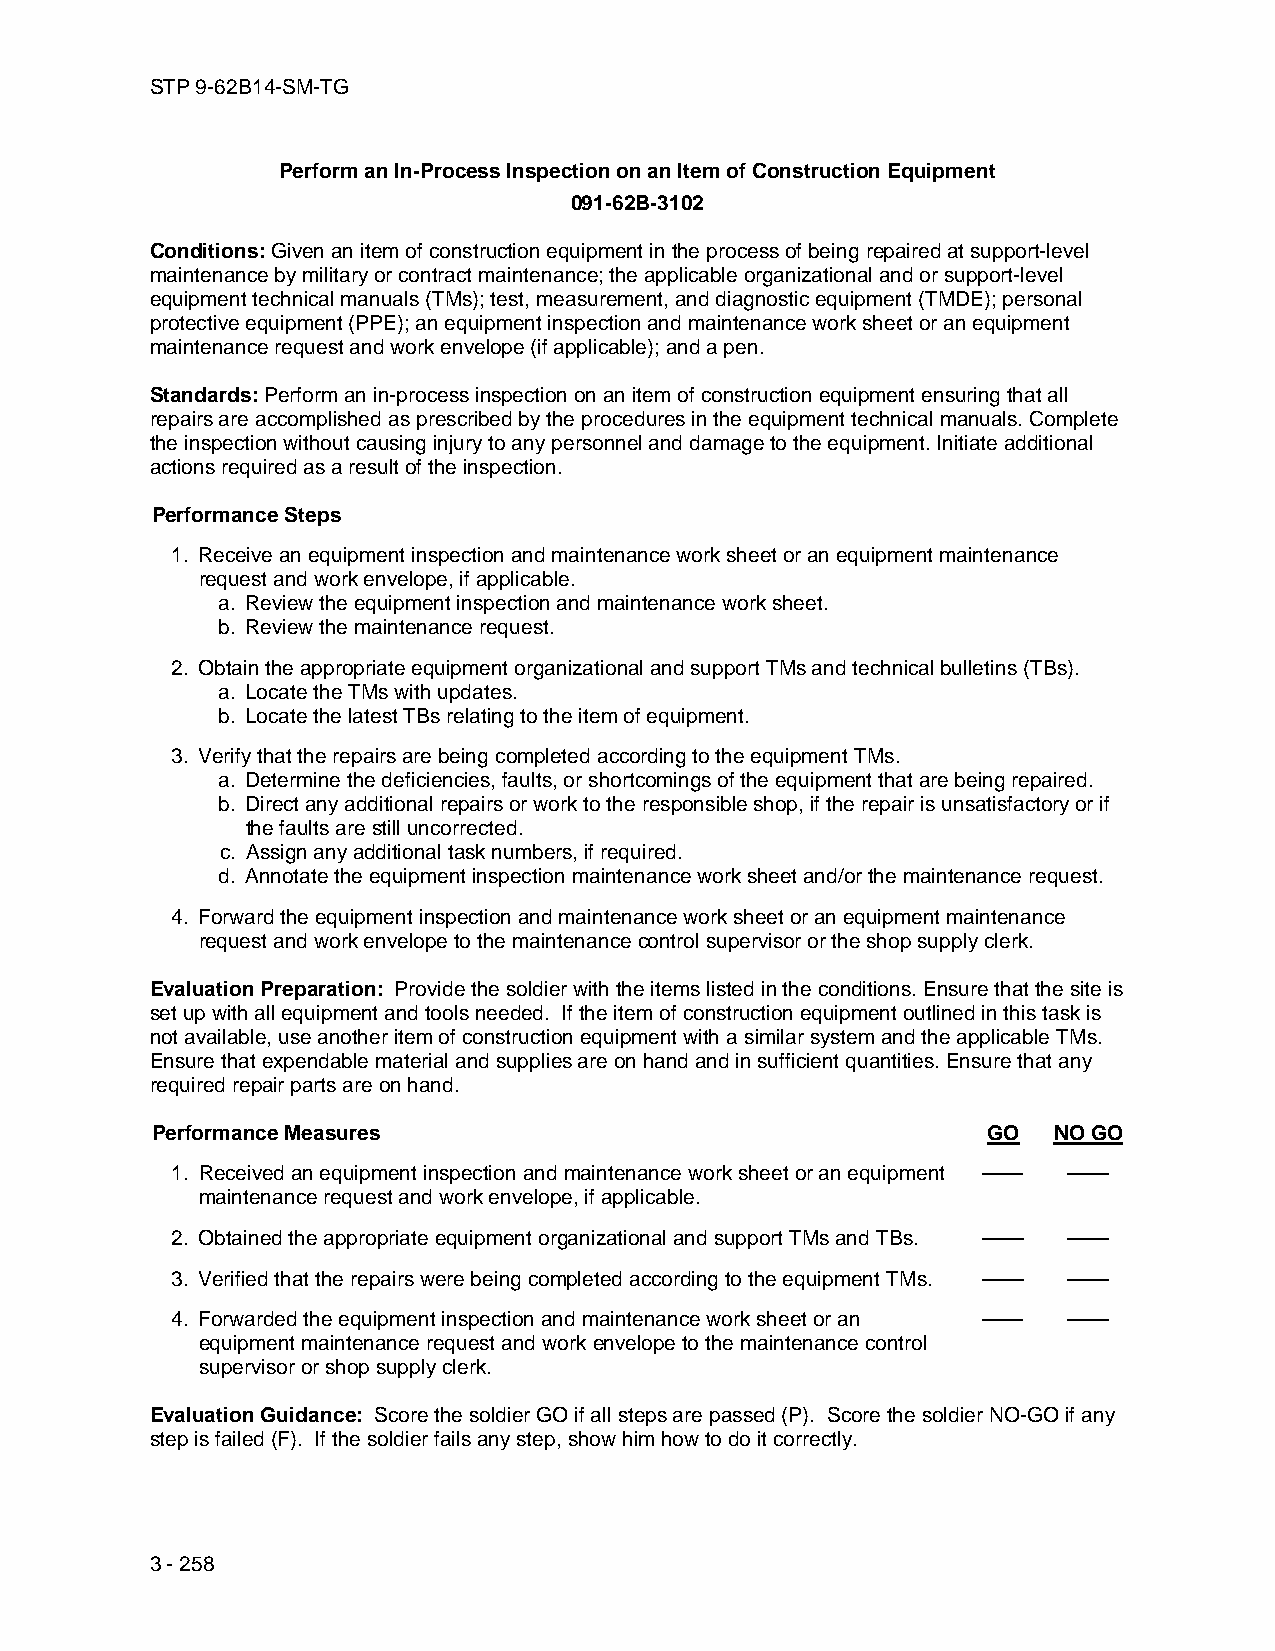
STP 9-62B14-SM-TG
 Perform an In-Process Inspection on an Item of Construction Equipment
 091-62B-3102
 Conditions: Given an item of construction equipment in the process of being repaired at support-level
 maintenance by military or contract maintenance; the applicable organizational and or support-level
 equipment technical manuals (TMs); test, measurement, and diagnostic equipment (TMDE); personal
 protective equipment (PPE); an equipment inspection and maintenance work sheet or an equipment
 maintenance request and work envelope (if applicable); and a pen.
 Standards: Perform an in-process inspection on an item of construction equipment ensuring that all
 repairs are accomplished as prescribed by the procedures in the equipment technical manuals. Complete
 the inspection without causing injury to any personnel and damage to the equipment. Initiate additional
 actions required as a result of the inspection.
 Performance Steps
 1. Receive an equipment inspection and maintenance work sheet or an equipment maintenance
 request and work envelope, if applicable.
 a. Review the equipment inspection and maintenance work sheet.
 b. Review the maintenance request.
 2. Obtain the appropriate equipment organizational and support TMs and technical bulletins (TBs).
 a. Locate the TMs with updates.
 b. Locate the latest TBs relating to the item of equipment.
 3. Verify that the repairs are being completed according to the equipment TMs.
 a. Determine the deficiencies, faults, or shortcomings of the equipment that are being repaired.
 b. Direct any additional repairs or work to the responsible shop, if the repair is unsatisfactory or if
 the faults are still uncorrected.
 c. Assign any additional task numbers, if required.
 d. Annotate the equipment inspection maintenance work sheet and/or the maintenance request.
 4. Forward the equipment inspection and maintenance work sheet or an equipment maintenance
 request and work envelope to the maintenance control supervisor or the shop supply clerk.
 Evaluation Preparation: Provide the soldier with the items listed in the conditions. Ensure that the site is
 set up with all equipment and tools needed. If the item of construction equipment outlined in this task is
 not available, use another item of construction equipment with a similar system and the applicable TMs.
 Ensure that expendable material and supplies are on hand and in sufficient quantities. Ensure that any
 required repair parts are on hand.
 Performance Measures                                   GO   NO GO
 1. Received an equipment inspection and maintenance work sheet or an equipment —— ——
 maintenance request and work envelope, if applicable.
 2. Obtained the appropriate equipment organizational and support TMs and TBs. —— ——
 3. Verified that the repairs were being completed according to the equipment TMs. —— ——
 4. Forwarded the equipment inspection and maintenance work sheet or an —— ——
 equipment maintenance request and work envelope to the maintenance control
 supervisor or shop supply clerk.
 Evaluation Guidance: Score the soldier GO if all steps are passed (P). Score the soldier NO-GO if any
 step is failed (F). If the soldier fails any step, show him how to do it correctly.
 3 - 258